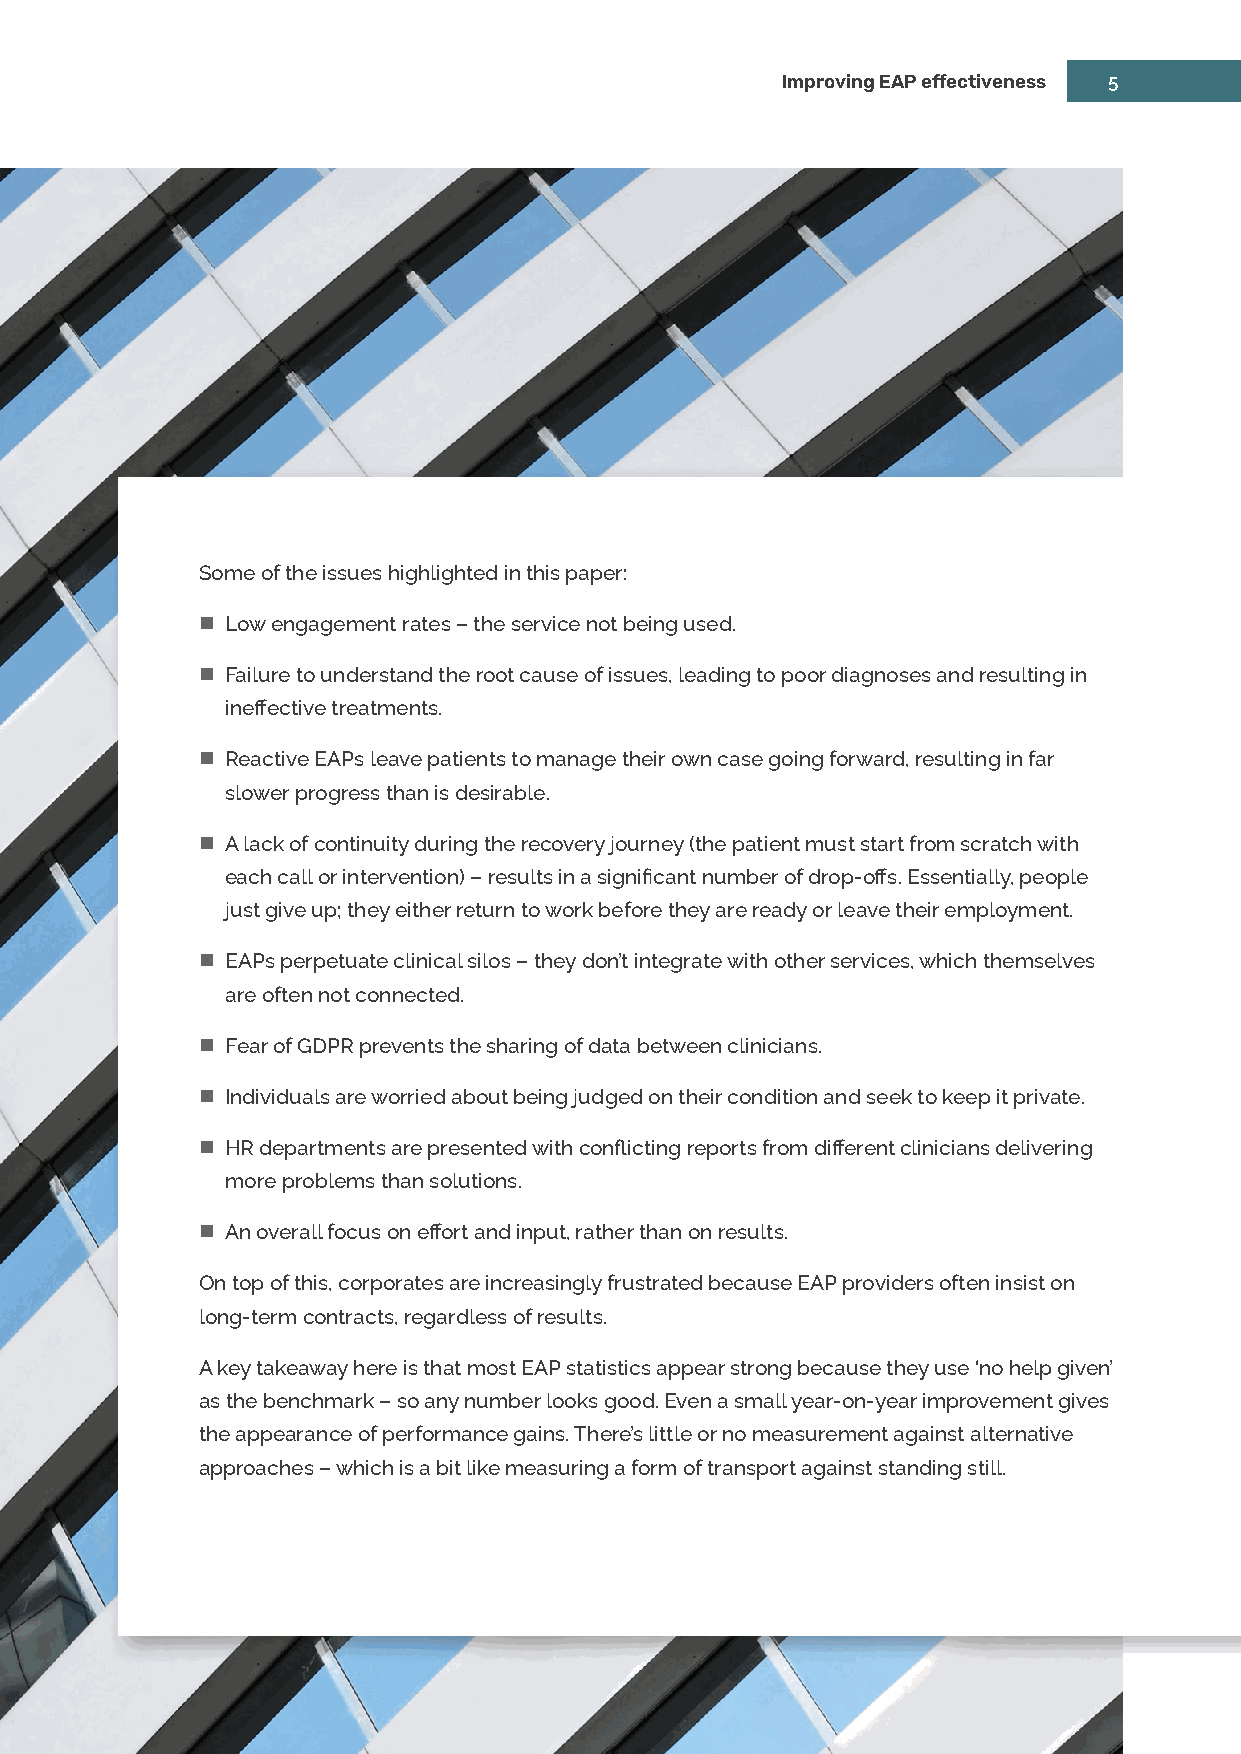
Improving EAP effectiveness 5
 Some of the issues highlighted in this paper:
  Low engagement rates – the service not being used.
  Failure to understand the root cause of issues, leading to poor diagnoses and resulting in
 ineffective treatments.
  Reactive EAPs leave patients to manage their own case going forward, resulting in far
 slower progress than is desirable.
  A lack of continuity during the recovery journey (the patient must start from scratch with
 each call or intervention) – results in a significant number of drop‑offs. Essentially, people
 just give up; they either return to work before they are ready or leave their employment.
  EAPs perpetuate clinical silos – they don’t integrate with other services, which themselves
 are often not connected.
  Fear of GDPR prevents the sharing of data between clinicians.
  Individuals are worried about being judged on their condition and seek to keep it private.
  HR departments are presented with conflicting reports from different clinicians delivering
 more problems than solutions.
  An overall focus on effort and input, rather than on results.
 On top of this, corporates are increasingly frustrated because EAP providers often insist on
 long‑term contracts, regardless of results.
 A key takeaway here is that most EAP statistics appear strong because they use ‘no help given’
 as the benchmark – so any number looks good. Even a small year‑on‑year improvement gives
 the appearance of performance gains. There’s little or no measurement against alternative
 approaches – which is a bit like measuring a form of transport against standing still.